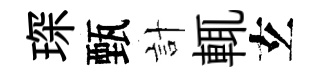
琛甄計輒𤣥